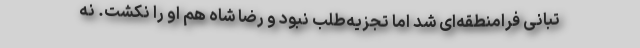
تبانی فرامنطقه‌ای شد اما تجزیه‌طلب نبود و رضا شاه هم او را نکشت. نه